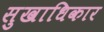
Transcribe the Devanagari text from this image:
सुखाधिकार